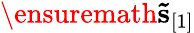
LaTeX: \ensuremath{\mathbf{\tilde{s}}}_{[1]}